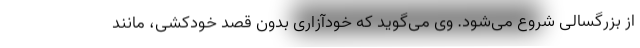
از بزرگسالی شروع می‌شود. وی می‌گوید که خودآزاری بدون قصد خودکشی، مانند